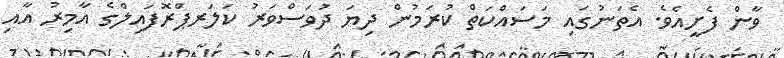
ވާން ފެށީއެވެ. އެތަނުގައި މަސައްކަތް ކުރަމުން ދިޔަ ދުވަސްވަރު ކަލަރޕްރޮފައިލްގެ އާމިރު އާއި